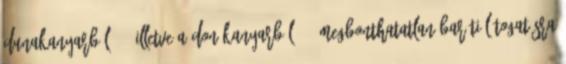
Dunakanyarból őőő illetve a Don-kanyarból őőő megbonthatatlan baráti látogatásra